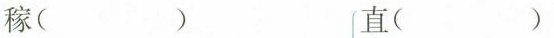
稼（） 直（）